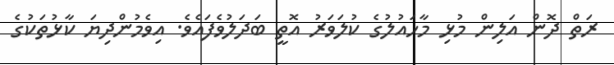
ރަތް ދޮން އަލިން މުޅި މާހައުލުގެ ކުލަވަރު އޮތީ ބަދަލުވެފައެވެ. އިވެމުންދިޔަ ކާޅުތަކުގެ